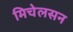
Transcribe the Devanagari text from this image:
मिचेलसन